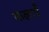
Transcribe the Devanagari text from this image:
कलाऍँ